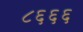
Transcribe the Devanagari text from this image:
८६६६